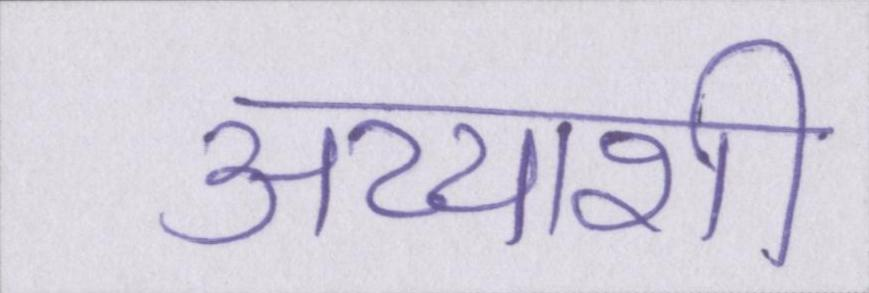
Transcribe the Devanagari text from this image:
अय्याशी